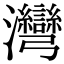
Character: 灣